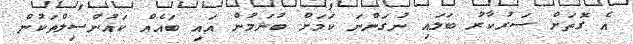
އެ ގޮތަށް ސަރުކާރު ބަލައި ނުގަންނަ ކަމަށް ބުނަމުން އައި ބައެއް ކައުންސިލްތަކުން